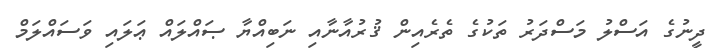
ދީނުގެ އަސްލު މަސްދަރު ތަކުގެ ތެރެއިން ޤުރުއާނާއި ނަބިއްޔާ ޞައްލައް ޢަލައި ވަސައްލަމް